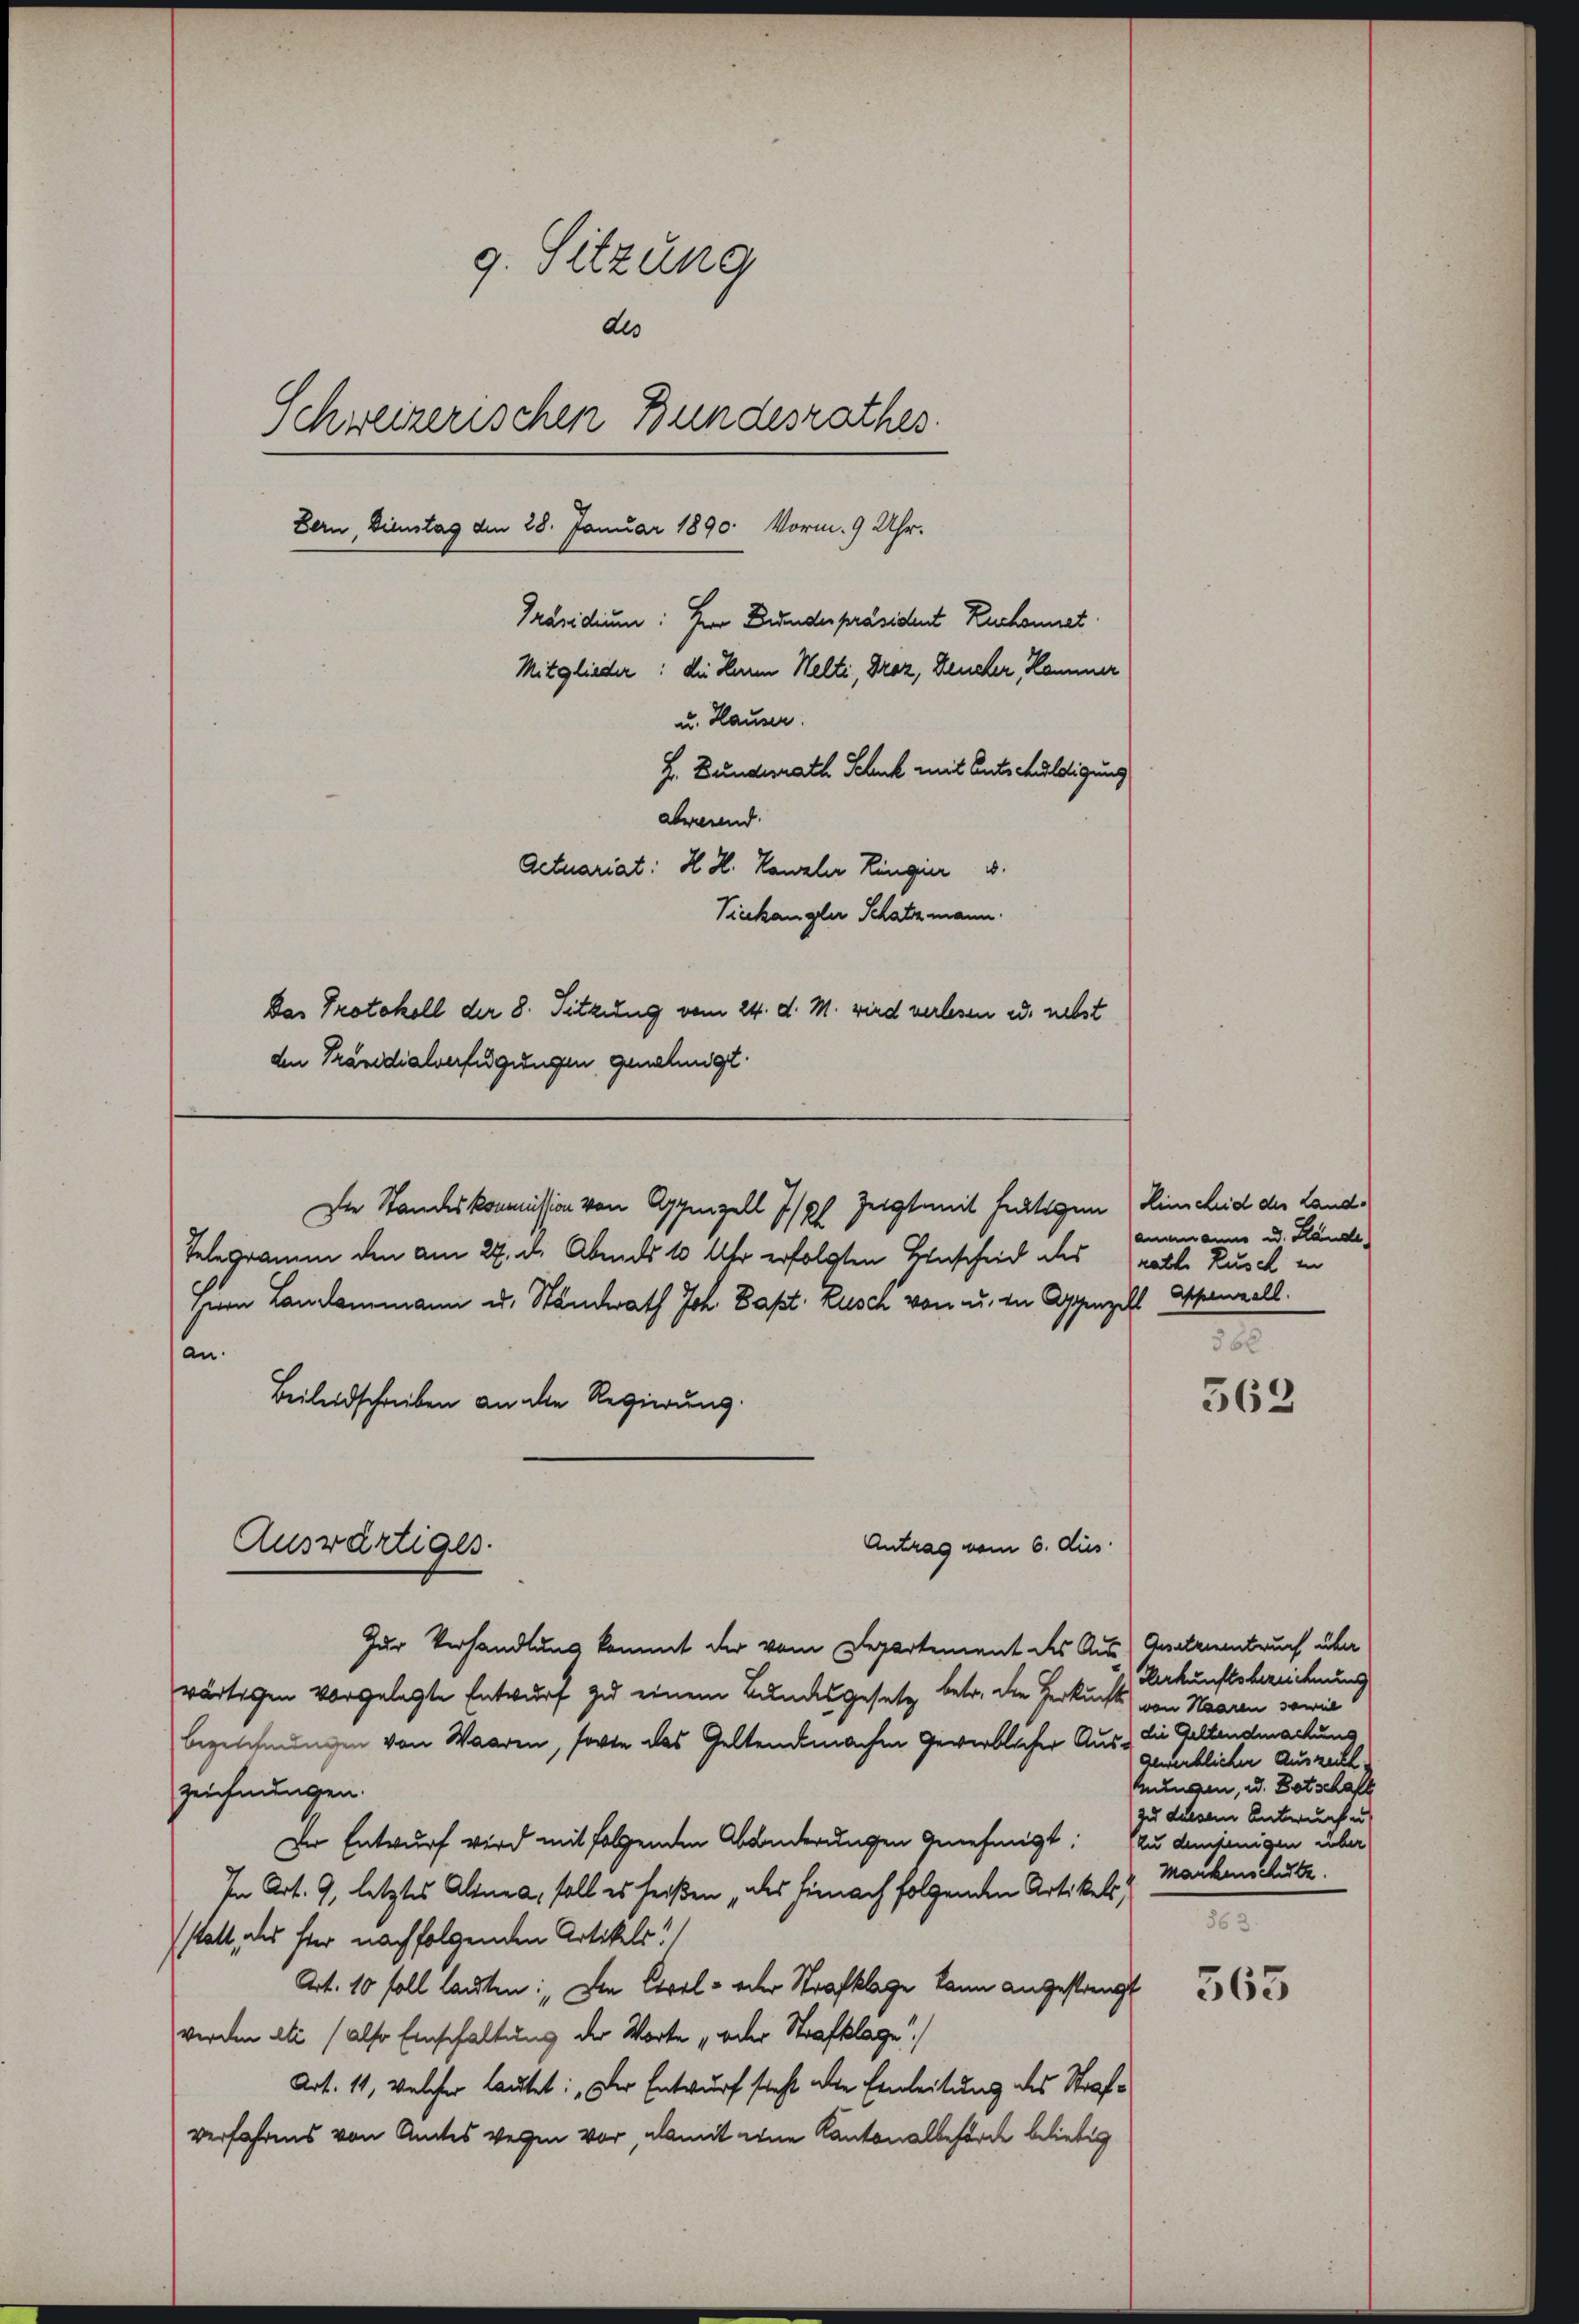
g. Sitzung
dls
Schweizerischen Bundesrathes.
Bern, Dienstag den 28. Januar 1890. Vorm. 9 Uhr.
Präsidium: Herr Grundespräsident Ruchonnet
Mitglieder: die Herren Welti, Droz, Deucher, Kommer
u. Hauser.
H. Bundesrath Schuh mit Entschuldigung
abwesend.
Actuariat: H. H. Kanzler Ringier u.
Viekan glei Schatzmann.
Das Protokoll der 8. Sitzung vom 24. d. M. wird verlesen es nebst
den Präsidialverfügungen genehmigt.

Antrag vom 6. dus
Zur Verhandlung kommt der vom Departement des Aus Gnadenenbruch über
wärtigen vorgelegte Entwurf zu einem Bundesgesetz betr. die Herkucht, von Haaren sowie
bezeichnungen von Waaren, sowie das Geltendemachen gewerblicher Aus die Geltendmachung
zeichnungen.
Der Entwurf wird mit folgenden Abänderungen genehmigt: (zu denjenigen über
In Art. 9, letztes Altna, soll es heißen das hienach folgenden Artikels,
statt, als hier nachfolgenden Artikels!
Art. 10 soll lauten: „Den Coral - oder Strafklage kann angestangt
werden ati (also Einschaltung der Worte „oder Strafklage)
Art. 11, welcher lautet: „Der Entwurf steht alle Einleitung des Strafverfahrens von Amtes wegen vor, damit eine Kantonalbehörde beliebig

Die Standeskommission von Appenzell 7/ pl. Zeigt mit heutigen Hinscheid des Land¬
Telegramm den am 27. d. Abends 10 Uhr erfolgten Menscheid als hatte Rusch in

an
Beileidschreiben an die Regierung.

Herrn Landammann u. Standsrath Joh. Bapt. Rusch von u. die Appenzell Appenzell.
Auswärtiges.

ammanns ad. Hande
560.

563

Urkunftsbereichnung
genderblichen Auszeith
kungen, u. Botschaft
zu diesem Entwurf u.
Mackenschube

86

565